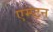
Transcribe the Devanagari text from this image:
एम्प्टन